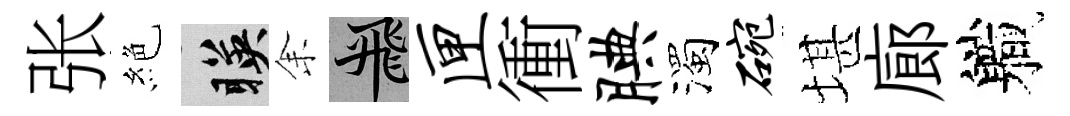
张絶暎𪜬飛匣衝腆濁碗堪廊軄